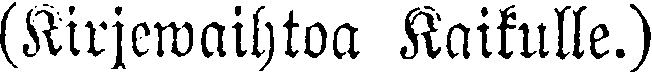
(Kirjewaihtoa Kaikulle.)